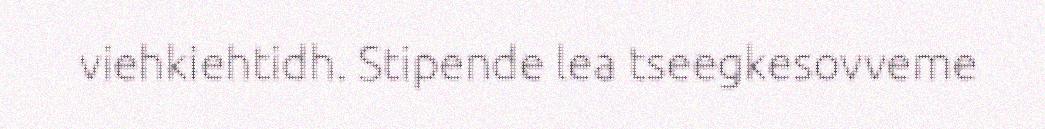
viehkiehtidh. Stipende lea tseegkesovveme